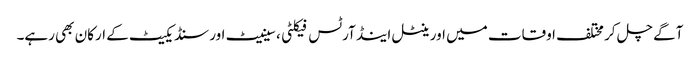
آگے چل کر مختلف اوقات میں اورینٹل اینڈ آرٹس فیکلٹی، سینیٹ اور سنڈیکیٹ کے ارکان بھی رہے۔